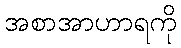
အစာအာဟာရကို